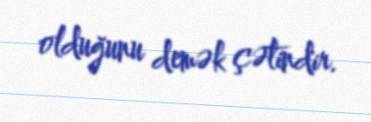
olduğunu demək çətindir.